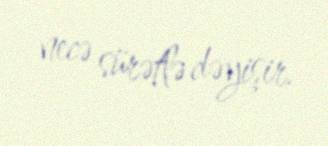
necə sürətlə dəyişir.